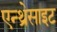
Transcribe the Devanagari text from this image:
एन्थ्रेसाइट